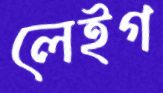
লেইগ